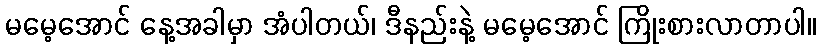
မမေ့အောင် နေ့အခါမှာ အံပါတယ်၊ ဒီနည်းနဲ့ မမေ့အောင် ကြိုးစားလာတာပါ။